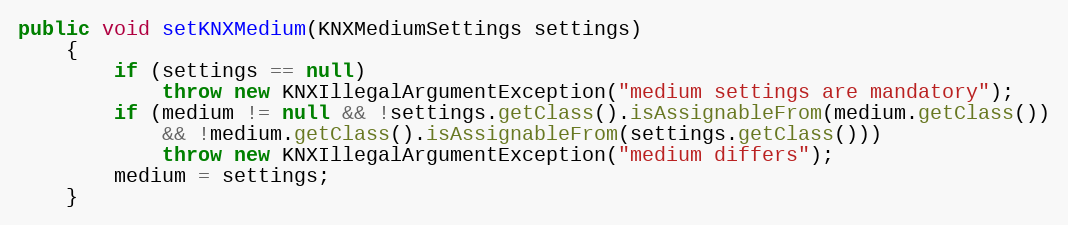
Language: Java
public void setKNXMedium(KNXMediumSettings settings)
	{
		if (settings == null)
			throw new KNXIllegalArgumentException("medium settings are mandatory");
		if (medium != null && !settings.getClass().isAssignableFrom(medium.getClass())
			&& !medium.getClass().isAssignableFrom(settings.getClass()))
			throw new KNXIllegalArgumentException("medium differs");
		medium = settings;
	}